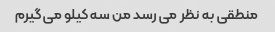
منطقی به نظر می رسد من سه کیلو می گیرم